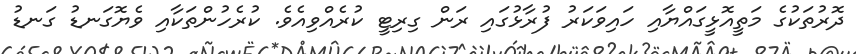
ދޮރުތަކުގެ މަތީއޮޅީގައްޔާއި ހައިވަކަރު ފުރާޅުގައި ރަން ގިރިޓީ ކުރެއްވިއެވެ. ކުރެހުންތަކާއި ވެޔޮގަނޑު ގަނޑު